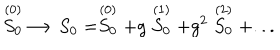
LaTeX: \stackrel { ( 0 ) } { S _ { 0 } } \longrightarrow S _ { 0 } = \stackrel { ( 0 ) } { S _ { 0 } } + g \stackrel { ( 1 ) } { S _ { 0 } } + g ^ { 2 } \stackrel { ( 2 ) } { S _ { 0 } } + . . .